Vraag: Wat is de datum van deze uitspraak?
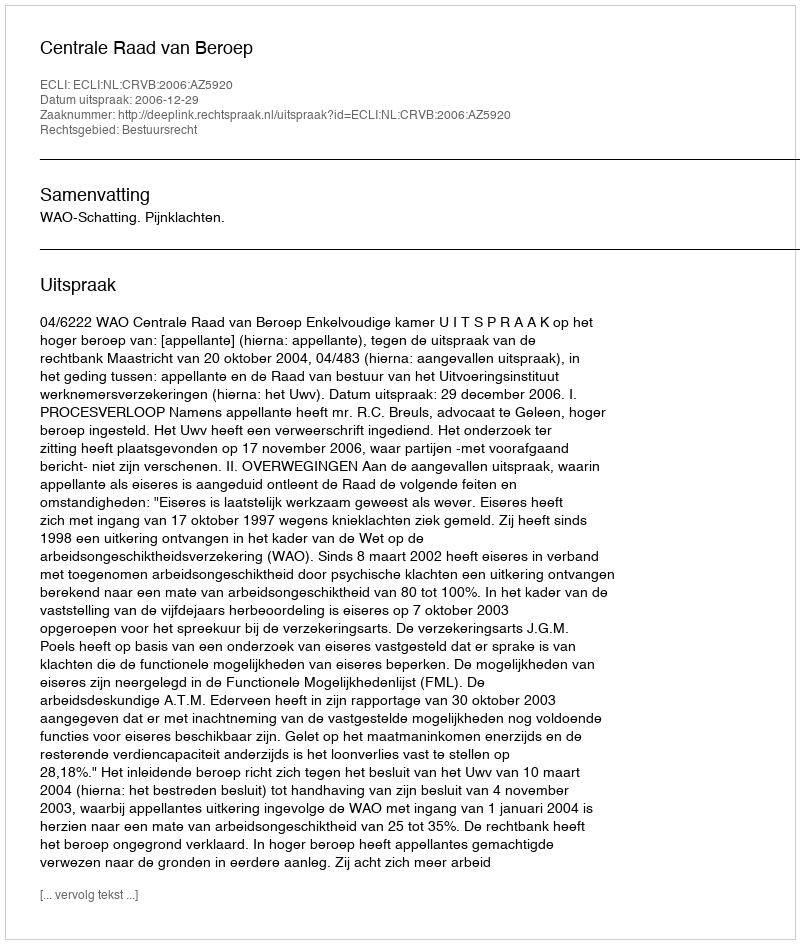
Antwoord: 2006-12-29